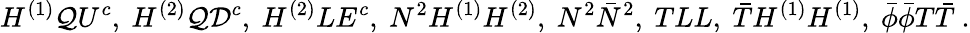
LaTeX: H^{(1)}\mathcal{Q}U^{c},~H^{(2)}\mathcal{Q}\mathcal{D}^{c},~H^{(2)}LE^{c},~N^{2}H^{(1)}H^{(2)},~N^{2}\bar{{N}}^{2},~TLL,~\bar{{T}}H^{(1)}H^{(1)},~\bar{{\phi}}\bar{{\phi}}T\bar{{T}}~.